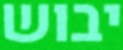
יבוש